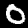
Digit: 0